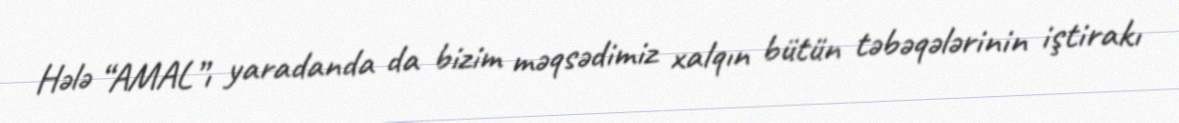
Hələ “AMAL”ı yaradanda da bizim məqsədimiz xalqın bütün təbəqələrinin iştirakı